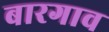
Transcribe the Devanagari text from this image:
बारगाव